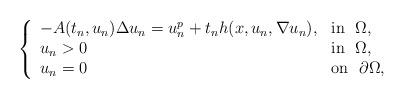
LaTeX: \begin{align*}\left\{\begin{array}{ll}-A(t_n,u_n)\Delta u_n=u_n^p+t_nh(x,u_n,\nabla u_n), & \mbox{in}\ \ \Omega,\\u_n>0 & \mbox{in}\ \ \Omega,\\u_n=0 & \mbox{on}\ \ \partial\Omega,\\\end{array}\right.\end{align*}